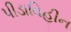
પીડાવિહીન